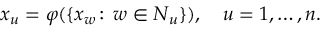
x _ { u } = \varphi ( \{ x _ { w } \! : \, w \in N _ { u } \} ) , \quad u = 1 , \ldots , n .